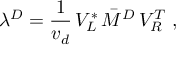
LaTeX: \lambda ^ { D } = \frac { 1 } { v _ { d } } \, V _ { L } ^ { * } \, { \bar { M } } ^ { D } \, V _ { R } ^ { T } \; ,